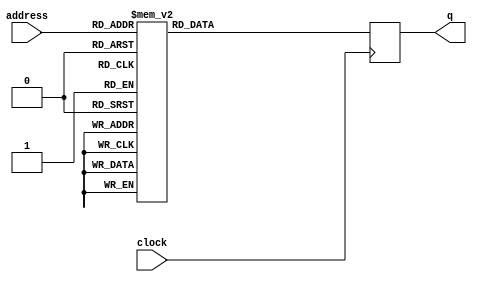
/* ctrl_boot.v */
/* AUTO-GENERATED FILE, DO NOT EDIT! */
/* generated from bin/ctrl_boot.hex assembler file */


module ctrl_boot (
  input  wire           clock,
  input  wire [ 10-1:0] address,
  output reg  [ 32-1:0] q
);


always @ (posedge clock) begin
  case(address)
    10'h000 : q <= #1 32'h00880e9c;
    10'h001 : q <= #1 32'h18000000;
    10'h002 : q <= #1 32'h9c600001;
    10'h003 : q <= #1 32'hc0001811;
    10'h004 : q <= #1 32'h18200045;
    10'h005 : q <= #1 32'ha821fffc;
    10'h006 : q <= #1 32'h18400080;
    10'h007 : q <= #1 32'ha8420008;
    10'h008 : q <= #1 32'h84620000;
    10'h009 : q <= #1 32'ha4630001;
    10'h00a : q <= #1 32'hbc030001;
    10'h00b : q <= #1 32'h13fffffd;
    10'h00c : q <= #1 32'h15000000;
    10'h00d : q <= #1 32'h18400044;
    10'h00e : q <= #1 32'ha8420000;
    10'h00f : q <= #1 32'h18600044;
    10'h010 : q <= #1 32'ha863024c;
    10'h011 : q <= #1 32'he4621800;
    10'h012 : q <= #1 32'h10000004;
    10'h013 : q <= #1 32'hd4020000;
    10'h014 : q <= #1 32'h9c420004;
    10'h015 : q <= #1 32'h0ffffffc;
    10'h016 : q <= #1 32'h18600000;
    10'h017 : q <= #1 32'ha8630578;
    10'h018 : q <= #1 32'h44001800;
    10'h019 : q <= #1 32'h9d600000;
    10'h01a : q <= #1 32'he4235800;
    10'h01b : q <= #1 32'h0c00000b;
    10'h01c : q <= #1 32'ha8a30000;
    10'h01d : q <= #1 32'h9cc00000;
    10'h01e : q <= #1 32'ha4650001;
    10'h01f : q <= #1 32'he4033000;
    10'h020 : q <= #1 32'h10000003;
    10'h021 : q <= #1 32'hb8a50041;
    10'h022 : q <= #1 32'he16b2000;
    10'h023 : q <= #1 32'he4253000;
    10'h024 : q <= #1 32'h13fffffa;
    10'h025 : q <= #1 32'hb8840001;
    10'h026 : q <= #1 32'h44004800;
    10'h027 : q <= #1 32'h15000000;
    10'h028 : q <= #1 32'hd7e10ffc;
    10'h029 : q <= #1 32'h9cc00000;
    10'h02a : q <= #1 32'h9c21fffc;
    10'h02b : q <= #1 32'he5862800;
    10'h02c : q <= #1 32'h0c00000a;
    10'h02d : q <= #1 32'he1033000;
    10'h02e : q <= #1 32'he0e43000;
    10'h02f : q <= #1 32'h91080000;
    10'h030 : q <= #1 32'h90e70000;
    10'h031 : q <= #1 32'he4283800;
    10'h032 : q <= #1 32'h10000006;
    10'h033 : q <= #1 32'h9cc60001;
    10'h034 : q <= #1 32'h03fffff8;
    10'h035 : q <= #1 32'he5862800;
    10'h036 : q <= #1 32'h00000003;
    10'h037 : q <= #1 32'h9d600000;
    10'h038 : q <= #1 32'h9d600001;
    10'h039 : q <= #1 32'h9c210004;
    10'h03a : q <= #1 32'h44004800;
    10'h03b : q <= #1 32'h8421fffc;
    10'h03c : q <= #1 32'h18c00044;
    10'h03d : q <= #1 32'hd7e10ffc;
    10'h03e : q <= #1 32'ha8c6003e;
    10'h03f : q <= #1 32'h9c21fffc;
    10'h040 : q <= #1 32'h8c860000;
    10'h041 : q <= #1 32'h9ca00008;
    10'h042 : q <= #1 32'hb8e30018;
    10'h043 : q <= #1 32'he0842000;
    10'h044 : q <= #1 32'hbd670000;
    10'h045 : q <= #1 32'h10000003;
    10'h046 : q <= #1 32'ha48400ff;
    10'h047 : q <= #1 32'hac840009;
    10'h048 : q <= #1 32'hb8e40018;
    10'h049 : q <= #1 32'hbd670000;
    10'h04a : q <= #1 32'h10000003;
    10'h04b : q <= #1 32'h15000000;
    10'h04c : q <= #1 32'hac840009;
    10'h04d : q <= #1 32'h9ca5ffff;
    10'h04e : q <= #1 32'he0631800;
    10'h04f : q <= #1 32'ha4a500ff;
    10'h050 : q <= #1 32'hbc250000;
    10'h051 : q <= #1 32'h13fffff1;
    10'h052 : q <= #1 32'ha46300ff;
    10'h053 : q <= #1 32'hd8062000;
    10'h054 : q <= #1 32'h9c210004;
    10'h055 : q <= #1 32'h44004800;
    10'h056 : q <= #1 32'h8421fffc;
    10'h057 : q <= #1 32'hd7e1a7f8;
    10'h058 : q <= #1 32'h1a800044;
    10'h059 : q <= #1 32'hd7e117ec;
    10'h05a : q <= #1 32'haa94003e;
    10'h05b : q <= #1 32'h9c400000;
    10'h05c : q <= #1 32'hd7e197f4;
    10'h05d : q <= #1 32'hd8141000;
    10'h05e : q <= #1 32'h18400080;
    10'h05f : q <= #1 32'h9e4000ff;
    10'h060 : q <= #1 32'ha8420024;
    10'h061 : q <= #1 32'hd7e14ffc;
    10'h062 : q <= #1 32'hd7e177f0;
    10'h063 : q <= #1 32'hd7e10fe8;
    10'h064 : q <= #1 32'hd4029000;
    10'h065 : q <= #1 32'ha9c40000;
    10'h066 : q <= #1 32'h84820000;
    10'h067 : q <= #1 32'hd4021800;
    10'h068 : q <= #1 32'h9c21ffe8;
    10'h069 : q <= #1 32'h84820000;
    10'h06a : q <= #1 32'h07ffffd2;
    10'h06b : q <= #1 32'h15000000;
    10'h06c : q <= #1 32'hb86e0058;
    10'h06d : q <= #1 32'hd4021800;
    10'h06e : q <= #1 32'h84820000;
    10'h06f : q <= #1 32'h07ffffcd;
    10'h070 : q <= #1 32'h15000000;
    10'h071 : q <= #1 32'hb86e0050;
    10'h072 : q <= #1 32'he0639003;
    10'h073 : q <= #1 32'hd4021800;
    10'h074 : q <= #1 32'h84820000;
    10'h075 : q <= #1 32'h07ffffc7;
    10'h076 : q <= #1 32'h15000000;
    10'h077 : q <= #1 32'hb86e0048;
    10'h078 : q <= #1 32'he0639003;
    10'h079 : q <= #1 32'hd4021800;
    10'h07a : q <= #1 32'h84820000;
    10'h07b : q <= #1 32'h07ffffc1;
    10'h07c : q <= #1 32'h15000000;
    10'h07d : q <= #1 32'he06e9003;
    10'h07e : q <= #1 32'hd4021800;
    10'h07f : q <= #1 32'h84820000;
    10'h080 : q <= #1 32'h07ffffbc;
    10'h081 : q <= #1 32'h15000000;
    10'h082 : q <= #1 32'h8c740000;
    10'h083 : q <= #1 32'he0631800;
    10'h084 : q <= #1 32'h18800044;
    10'h085 : q <= #1 32'h9c630001;
    10'h086 : q <= #1 32'ha884003d;
    10'h087 : q <= #1 32'ha46300ff;
    10'h088 : q <= #1 32'hd8141800;
    10'h089 : q <= #1 32'hd4021800;
    10'h08a : q <= #1 32'h84620000;
    10'h08b : q <= #1 32'h9c600065;
    10'h08c : q <= #1 32'hd4029000;
    10'h08d : q <= #1 32'h85620000;
    10'h08e : q <= #1 32'ha56b00ff;
    10'h08f : q <= #1 32'hbc2b00ff;
    10'h090 : q <= #1 32'h10000007;
    10'h091 : q <= #1 32'hd8045800;
    10'h092 : q <= #1 32'h9c63ffff;
    10'h093 : q <= #1 32'ha46300ff;
    10'h094 : q <= #1 32'hbc230000;
    10'h095 : q <= #1 32'h13fffff7;
    10'h096 : q <= #1 32'h15000000;
    10'h097 : q <= #1 32'h9c210018;
    10'h098 : q <= #1 32'h8521fffc;
    10'h099 : q <= #1 32'h8421ffe8;
    10'h09a : q <= #1 32'h8441ffec;
    10'h09b : q <= #1 32'h85c1fff0;
    10'h09c : q <= #1 32'h8641fff4;
    10'h09d : q <= #1 32'h44004800;
    10'h09e : q <= #1 32'h8681fff8;
    10'h09f : q <= #1 32'ha8a30000;
    10'h0a0 : q <= #1 32'h18600044;
    10'h0a1 : q <= #1 32'hd7e117f8;
    10'h0a2 : q <= #1 32'hd7e14ffc;
    10'h0a3 : q <= #1 32'hd7e10ff4;
    10'h0a4 : q <= #1 32'ha863003c;
    10'h0a5 : q <= #1 32'h9c21fff4;
    10'h0a6 : q <= #1 32'h8c630000;
    10'h0a7 : q <= #1 32'hbc030003;
    10'h0a8 : q <= #1 32'h10000003;
    10'h0a9 : q <= #1 32'ha8440000;
    10'h0aa : q <= #1 32'hb8a50009;
    10'h0ab : q <= #1 32'h9c600051;
    10'h0ac : q <= #1 32'h07ffffab;
    10'h0ad : q <= #1 32'ha8850000;
    10'h0ae : q <= #1 32'hbc0b0000;
    10'h0af : q <= #1 32'h10000004;
    10'h0b0 : q <= #1 32'h18600044;
    10'h0b1 : q <= #1 32'h0000002f;
    10'h0b2 : q <= #1 32'h9d600000;
    10'h0b3 : q <= #1 32'h18800080;
    10'h0b4 : q <= #1 32'ha8630038;
    10'h0b5 : q <= #1 32'ha8840024;
    10'h0b6 : q <= #1 32'hd4035800;
    10'h0b7 : q <= #1 32'h9cc000ff;
    10'h0b8 : q <= #1 32'hd4043000;
    10'h0b9 : q <= #1 32'h84a40000;
    10'h0ba : q <= #1 32'hbc2500fe;
    10'h0bb : q <= #1 32'h0c00000c;
    10'h0bc : q <= #1 32'h15000000;
    10'h0bd : q <= #1 32'h84a30000;
    10'h0be : q <= #1 32'h9ce50001;
    10'h0bf : q <= #1 32'hd4033800;
    10'h0c0 : q <= #1 32'h18e0000f;
    10'h0c1 : q <= #1 32'ha8e7423f;
    10'h0c2 : q <= #1 32'he4453800;
    10'h0c3 : q <= #1 32'h0ffffff5;
    10'h0c4 : q <= #1 32'h9d600000;
    10'h0c5 : q <= #1 32'h0000001c;
    10'h0c6 : q <= #1 32'h9c21000c;
    10'h0c7 : q <= #1 32'h18600080;
    10'h0c8 : q <= #1 32'h9cc20200;
    10'h0c9 : q <= #1 32'ha8630024;
    10'h0ca : q <= #1 32'h9c8000ff;
    10'h0cb : q <= #1 32'hd4032000;
    10'h0cc : q <= #1 32'h9c420004;
    10'h0cd : q <= #1 32'h84e30000;
    10'h0ce : q <= #1 32'h9ca000ff;
    10'h0cf : q <= #1 32'hdbe23ffc;
    10'h0d0 : q <= #1 32'hd4032000;
    10'h0d1 : q <= #1 32'h84e30000;
    10'h0d2 : q <= #1 32'hdbe23ffd;
    10'h0d3 : q <= #1 32'hd4032000;
    10'h0d4 : q <= #1 32'h84e30000;
    10'h0d5 : q <= #1 32'hdbe23ffe;
    10'h0d6 : q <= #1 32'hd4032000;
    10'h0d7 : q <= #1 32'he4223000;
    10'h0d8 : q <= #1 32'h84e30000;
    10'h0d9 : q <= #1 32'h13fffff2;
    10'h0da : q <= #1 32'hdbe23fff;
    10'h0db : q <= #1 32'hd4032800;
    10'h0dc : q <= #1 32'h9d600001;
    10'h0dd : q <= #1 32'h84430000;
    10'h0de : q <= #1 32'hd4032800;
    10'h0df : q <= #1 32'h84430000;
    10'h0e0 : q <= #1 32'h9c21000c;
    10'h0e1 : q <= #1 32'h8521fffc;
    10'h0e2 : q <= #1 32'h8421fff4;
    10'h0e3 : q <= #1 32'h44004800;
    10'h0e4 : q <= #1 32'h8441fff8;
    10'h0e5 : q <= #1 32'hb8830058;
    10'h0e6 : q <= #1 32'hb9630018;
    10'h0e7 : q <= #1 32'hd7e117fc;
    10'h0e8 : q <= #1 32'h184000ff;
    10'h0e9 : q <= #1 32'he16b2004;
    10'h0ea : q <= #1 32'he0831003;
    10'h0eb : q <= #1 32'hd7e10ff8;
    10'h0ec : q <= #1 32'h9c21fff8;
    10'h0ed : q <= #1 32'hb8840048;
    10'h0ee : q <= #1 32'ha463ff00;
    10'h0ef : q <= #1 32'h9c210008;
    10'h0f0 : q <= #1 32'hb8630008;
    10'h0f1 : q <= #1 32'he16b2004;
    10'h0f2 : q <= #1 32'h8421fff8;
    10'h0f3 : q <= #1 32'he16b1804;
    10'h0f4 : q <= #1 32'h44004800;
    10'h0f5 : q <= #1 32'h8441fffc;
    10'h0f6 : q <= #1 32'hd7e117ec;
    10'h0f7 : q <= #1 32'h18400044;
    10'h0f8 : q <= #1 32'hd7e14ffc;
    10'h0f9 : q <= #1 32'hd7e10fe8;
    10'h0fa : q <= #1 32'hd7e177f0;
    10'h0fb : q <= #1 32'hd7e197f4;
    10'h0fc : q <= #1 32'hd7e1a7f8;
    10'h0fd : q <= #1 32'ha8420248;
    10'h0fe : q <= #1 32'h86420000;
    10'h0ff : q <= #1 32'hbc120000;
    10'h100 : q <= #1 32'h10000005;
    10'h101 : q <= #1 32'h9c21ffe8;
    10'h102 : q <= #1 32'hb9c30087;
    10'h103 : q <= #1 32'h00000004;
    10'h104 : q <= #1 32'ha443007f;
    10'h105 : q <= #1 32'hb9c30088;
    10'h106 : q <= #1 32'ha44300ff;
    10'h107 : q <= #1 32'h1a800044;
    10'h108 : q <= #1 32'haa940244;
    10'h109 : q <= #1 32'h84740000;
    10'h10a : q <= #1 32'he40e1800;
    10'h10b : q <= #1 32'h1000000d;
    10'h10c : q <= #1 32'h18800044;
    10'h10d : q <= #1 32'h18600044;
    10'h10e : q <= #1 32'ha8630240;
    10'h10f : q <= #1 32'ha8840040;
    10'h110 : q <= #1 32'h84630000;
    10'h111 : q <= #1 32'h07ffff8e;
    10'h112 : q <= #1 32'he06e1800;
    10'h113 : q <= #1 32'h9c600000;
    10'h114 : q <= #1 32'he40b1800;
    10'h115 : q <= #1 32'h10000023;
    10'h116 : q <= #1 32'h15000000;
    10'h117 : q <= #1 32'hd4147000;
    10'h118 : q <= #1 32'hbc120000;
    10'h119 : q <= #1 32'h10000014;
    10'h11a : q <= #1 32'h18600044;
    10'h11b : q <= #1 32'hb8420002;
    10'h11c : q <= #1 32'ha8630040;
    10'h11d : q <= #1 32'he0421800;
    10'h11e : q <= #1 32'h8c820000;
    10'h11f : q <= #1 32'h8c620001;
    10'h120 : q <= #1 32'hb8a40018;
    10'h121 : q <= #1 32'hb8630010;
    10'h122 : q <= #1 32'he0832804;
    10'h123 : q <= #1 32'h8c620002;
    10'h124 : q <= #1 32'hb8630008;
    10'h125 : q <= #1 32'h8c420003;
    10'h126 : q <= #1 32'he0632004;
    10'h127 : q <= #1 32'he0621804;
    10'h128 : q <= #1 32'h07ffffbd;
    10'h129 : q <= #1 32'h18400fff;
    10'h12a : q <= #1 32'ha842ffff;
    10'h12b : q <= #1 32'h0000000d;
    10'h12c : q <= #1 32'he06b1003;
    10'h12d : q <= #1 32'he0421000;
    10'h12e : q <= #1 32'ha8630040;
    10'h12f : q <= #1 32'he0421800;
    10'h130 : q <= #1 32'h8c620000;
    10'h131 : q <= #1 32'h8c420001;
    10'h132 : q <= #1 32'hb8630008;
    10'h133 : q <= #1 32'he0421804;
    10'h134 : q <= #1 32'hb8620008;
    10'h135 : q <= #1 32'hb8420048;
    10'h136 : q <= #1 32'he0631004;
    10'h137 : q <= #1 32'ha463ffff;
    10'h138 : q <= #1 32'h9c210018;
    10'h139 : q <= #1 32'ha9630000;
    10'h13a : q <= #1 32'h8521fffc;
    10'h13b : q <= #1 32'h8421ffe8;
    10'h13c : q <= #1 32'h8441ffec;
    10'h13d : q <= #1 32'h85c1fff0;
    10'h13e : q <= #1 32'h8641fff4;
    10'h13f : q <= #1 32'h44004800;
    10'h140 : q <= #1 32'h8681fff8;
    10'h141 : q <= #1 32'h18600080;
    10'h142 : q <= #1 32'h9ca00010;
    10'h143 : q <= #1 32'ha8830020;
    10'h144 : q <= #1 32'h18c00044;
    10'h145 : q <= #1 32'hd7e10ff8;
    10'h146 : q <= #1 32'hd7e117fc;
    10'h147 : q <= #1 32'hd4042800;
    10'h148 : q <= #1 32'h9c21fff8;
    10'h149 : q <= #1 32'ha8830018;
    10'h14a : q <= #1 32'ha8c60034;
    10'h14b : q <= #1 32'ha8630004;
    10'h14c : q <= #1 32'h9c400000;
    10'h14d : q <= #1 32'hd4041000;
    10'h14e : q <= #1 32'h84a40000;
    10'h14f : q <= #1 32'hbca500c7;
    10'h150 : q <= #1 32'h13fffffe;
    10'h151 : q <= #1 32'h9c400000;
    10'h152 : q <= #1 32'hdc031000;
    10'h153 : q <= #1 32'h9c400000;
    10'h154 : q <= #1 32'hd4041000;
    10'h155 : q <= #1 32'h84a40000;
    10'h156 : q <= #1 32'hbca500c7;
    10'h157 : q <= #1 32'h13fffffe;
    10'h158 : q <= #1 32'h15000000;
    10'h159 : q <= #1 32'h90a60000;
    10'h15a : q <= #1 32'ha4a5ffff;
    10'h15b : q <= #1 32'hdc032800;
    10'h15c : q <= #1 32'h03fffff1;
    10'h15d : q <= #1 32'h9c400000;
    10'h15e : q <= #1 32'h18800044;
    10'h15f : q <= #1 32'hd7e117d8;
    10'h160 : q <= #1 32'h18600080;
    10'h161 : q <= #1 32'ha8840034;
    10'h162 : q <= #1 32'h9c40000f;
    10'h163 : q <= #1 32'hd7e14ffc;
    10'h164 : q <= #1 32'hd7e10fd4;
    10'h165 : q <= #1 32'hd7e177dc;
    10'h166 : q <= #1 32'hd7e197e0;
    10'h167 : q <= #1 32'hd7e1a7e4;
    10'h168 : q <= #1 32'hd7e1b7e8;
    10'h169 : q <= #1 32'hd7e1c7ec;
    10'h16a : q <= #1 32'hd7e1d7f0;
    10'h16b : q <= #1 32'hd7e1e7f4;
    10'h16c : q <= #1 32'hd7e1f7f8;
    10'h16d : q <= #1 32'hd8041000;
    10'h16e : q <= #1 32'h9ca0000f;
    10'h16f : q <= #1 32'ha8430004;
    10'h170 : q <= #1 32'h9c21ffcc;
    10'h171 : q <= #1 32'hdc022800;
    10'h172 : q <= #1 32'ha843001c;
    10'h173 : q <= #1 32'h9ca0003f;
    10'h174 : q <= #1 32'h9c8000ff;
    10'h175 : q <= #1 32'hd4022800;
    10'h176 : q <= #1 32'ha8430020;
    10'h177 : q <= #1 32'h9ca00010;
    10'h178 : q <= #1 32'ha8630024;
    10'h179 : q <= #1 32'hd4022800;
    10'h17a : q <= #1 32'h9c40000a;
    10'h17b : q <= #1 32'h9c42ffff;
    10'h17c : q <= #1 32'hd4032000;
    10'h17d : q <= #1 32'ha44200ff;
    10'h17e : q <= #1 32'h84a30000;
    10'h17f : q <= #1 32'hbc220000;
    10'h180 : q <= #1 32'h13fffffc;
    10'h181 : q <= #1 32'h9c42ffff;
    10'h182 : q <= #1 32'h9c420001;
    10'h183 : q <= #1 32'h18600080;
    10'h184 : q <= #1 32'ha8630018;
    10'h185 : q <= #1 32'hd4031000;
    10'h186 : q <= #1 32'h84430000;
    10'h187 : q <= #1 32'hbca20013;
    10'h188 : q <= #1 32'h13fffffe;
    10'h189 : q <= #1 32'h19c00080;
    10'h18a : q <= #1 32'ha84e0020;
    10'h18b : q <= #1 32'h9c600011;
    10'h18c : q <= #1 32'h9ce00000;
    10'h18d : q <= #1 32'hd4021800;
    10'h18e : q <= #1 32'h18400044;
    10'h18f : q <= #1 32'h9e400010;
    10'h190 : q <= #1 32'ha842003c;
    10'h191 : q <= #1 32'ha9ce0018;
    10'h192 : q <= #1 32'hd8023800;
    10'h193 : q <= #1 32'h9d000000;
    10'h194 : q <= #1 32'hd40e4000;
    10'h195 : q <= #1 32'h846e0000;
    10'h196 : q <= #1 32'hbc030000;
    10'h197 : q <= #1 32'h13fffffe;
    10'h198 : q <= #1 32'h9c600040;
    10'h199 : q <= #1 32'h07fffebe;
    10'h19a : q <= #1 32'h9c800000;
    10'h19b : q <= #1 32'hbc0b0001;
    10'h19c : q <= #1 32'h10000008;
    10'h19d : q <= #1 32'h9e52ffff;
    10'h19e : q <= #1 32'ha65200ff;
    10'h19f : q <= #1 32'hbc320000;
    10'h1a0 : q <= #1 32'h13fffff4;
    10'h1a1 : q <= #1 32'h9d000000;
    10'h1a2 : q <= #1 32'h07ffff9f;
    10'h1a3 : q <= #1 32'h15000000;
    10'h1a4 : q <= #1 32'h846e0000;
    10'h1a5 : q <= #1 32'h18a00fa0;
    10'h1a6 : q <= #1 32'hb8630010;
    10'h1a7 : q <= #1 32'h19c00044;
    10'h1a8 : q <= #1 32'h9c8001aa;
    10'h1a9 : q <= #1 32'he0632800;
    10'h1aa : q <= #1 32'ha9ce0038;
    10'h1ab : q <= #1 32'hd40e1800;
    10'h1ac : q <= #1 32'h07fffeab;
    10'h1ad : q <= #1 32'h9c600048;
    10'h1ae : q <= #1 32'hbc0b0001;
    10'h1af : q <= #1 32'h0c000021;
    10'h1b0 : q <= #1 32'h9c600077;
    10'h1b1 : q <= #1 32'h18800080;
    10'h1b2 : q <= #1 32'h9c600000;
    10'h1b3 : q <= #1 32'ha8840024;
    10'h1b4 : q <= #1 32'h9ce000ff;
    10'h1b5 : q <= #1 32'hd4043800;
    10'h1b6 : q <= #1 32'h9d010004;
    10'h1b7 : q <= #1 32'h84c40000;
    10'h1b8 : q <= #1 32'he0a81800;
    10'h1b9 : q <= #1 32'h9c630001;
    10'h1ba : q <= #1 32'hbc230004;
    10'h1bb : q <= #1 32'h13fffffa;
    10'h1bc : q <= #1 32'hd8053000;
    10'h1bd : q <= #1 32'h8c610006;
    10'h1be : q <= #1 32'hbc230001;
    10'h1bf : q <= #1 32'h10000011;
    10'h1c0 : q <= #1 32'h9c600077;
    10'h1c1 : q <= #1 32'h8c610007;
    10'h1c2 : q <= #1 32'hbc0300aa;
    10'h1c3 : q <= #1 32'h0c00000d;
    10'h1c4 : q <= #1 32'h9c600077;
    10'h1c5 : q <= #1 32'h1a400080;
    10'h1c6 : q <= #1 32'haa520018;
    10'h1c7 : q <= #1 32'h84720000;
    10'h1c8 : q <= #1 32'hb8830010;
    10'h1c9 : q <= #1 32'h846e0000;
    10'h1ca : q <= #1 32'he0632002;
    10'h1cb : q <= #1 32'hbd630000;
    10'h1cc : q <= #1 32'h1000001a;
    10'h1cd : q <= #1 32'h15000000;
    10'h1ce : q <= #1 32'h03ffffd4;
    10'h1cf : q <= #1 32'h15000000;
    10'h1d0 : q <= #1 32'h07fffe87;
    10'h1d1 : q <= #1 32'h9c800000;
    10'h1d2 : q <= #1 32'hbc2b0001;
    10'h1d3 : q <= #1 32'h13ffffcf;
    10'h1d4 : q <= #1 32'h15000000;
    10'h1d5 : q <= #1 32'h9c600069;
    10'h1d6 : q <= #1 32'h07fffe81;
    10'h1d7 : q <= #1 32'h9c800000;
    10'h1d8 : q <= #1 32'hbcab0001;
    10'h1d9 : q <= #1 32'h0fffffc9;
    10'h1da : q <= #1 32'h15000000;
    10'h1db : q <= #1 32'h1a400080;
    10'h1dc : q <= #1 32'haa520018;
    10'h1dd : q <= #1 32'h84720000;
    10'h1de : q <= #1 32'hb8830010;
    10'h1df : q <= #1 32'h846e0000;
    10'h1e0 : q <= #1 32'he0632002;
    10'h1e1 : q <= #1 32'hbd830000;
    10'h1e2 : q <= #1 32'h0c00002b;
    10'h1e3 : q <= #1 32'h15000000;
    10'h1e4 : q <= #1 32'h03ffffbe;
    10'h1e5 : q <= #1 32'h15000000;
    10'h1e6 : q <= #1 32'h9c600077;
    10'h1e7 : q <= #1 32'h07fffe70;
    10'h1e8 : q <= #1 32'h9c800000;
    10'h1e9 : q <= #1 32'hbc0b0001;
    10'h1ea : q <= #1 32'h0fffffb8;
    10'h1eb : q <= #1 32'h18804000;
    10'h1ec : q <= #1 32'h07fffe6b;
    10'h1ed : q <= #1 32'h9c600069;
    10'h1ee : q <= #1 32'hbc2b0000;
    10'h1ef : q <= #1 32'h13ffffd8;
    10'h1f0 : q <= #1 32'ha88b0000;
    10'h1f1 : q <= #1 32'h07fffe66;
    10'h1f2 : q <= #1 32'h9c60007a;
    10'h1f3 : q <= #1 32'hbc2b0000;
    10'h1f4 : q <= #1 32'h10000013;
    10'h1f5 : q <= #1 32'h18600080;
    10'h1f6 : q <= #1 32'h9cc000ff;
    10'h1f7 : q <= #1 32'ha8630024;
    10'h1f8 : q <= #1 32'hd4033000;
    10'h1f9 : q <= #1 32'h9ce10004;
    10'h1fa : q <= #1 32'h84a30000;
    10'h1fb : q <= #1 32'he0875800;
    10'h1fc : q <= #1 32'h9d6b0001;
    10'h1fd : q <= #1 32'hbc2b0004;
    10'h1fe : q <= #1 32'h13fffffa;
    10'h1ff : q <= #1 32'hd8042800;
    10'h200 : q <= #1 32'h8c610004;
    10'h201 : q <= #1 32'ha4630040;
    10'h202 : q <= #1 32'hbc230000;
    10'h203 : q <= #1 32'h10000003;
    10'h204 : q <= #1 32'h9c800003;
    10'h205 : q <= #1 32'h9c800002;
    10'h206 : q <= #1 32'hd8022000;
    10'h207 : q <= #1 32'h18600080;
    10'h208 : q <= #1 32'h9c800001;
    10'h209 : q <= #1 32'ha863001c;
    10'h20a : q <= #1 32'hd4032000;
    10'h20b : q <= #1 32'h00000016;
    10'h20c : q <= #1 32'h8c420000;
    10'h20d : q <= #1 32'h9c600077;
    10'h20e : q <= #1 32'h07fffe49;
    10'h20f : q <= #1 32'h9c800000;
    10'h210 : q <= #1 32'hbc0b0001;
    10'h211 : q <= #1 32'h0fffff91;
    10'h212 : q <= #1 32'haa8b0000;
    10'h213 : q <= #1 32'h9c600069;
    10'h214 : q <= #1 32'h07fffe43;
    10'h215 : q <= #1 32'h9c800000;
    10'h216 : q <= #1 32'hbc2b0000;
    10'h217 : q <= #1 32'h13ffffc6;
    10'h218 : q <= #1 32'h9c600050;
    10'h219 : q <= #1 32'h07fffe3e;
    10'h21a : q <= #1 32'h9c800200;
    10'h21b : q <= #1 32'hbc0b0000;
    10'h21c : q <= #1 32'h10000004;
    10'h21d : q <= #1 32'h18600080;
    10'h21e : q <= #1 32'ha863001c;
    10'h21f : q <= #1 32'hd403a000;
    10'h220 : q <= #1 32'h8c420000;
    10'h221 : q <= #1 32'hbc020000;
    10'h222 : q <= #1 32'h13ffff80;
    10'h223 : q <= #1 32'h19000044;
    10'h224 : q <= #1 32'h9c400008;
    10'h225 : q <= #1 32'ha9080034;
    10'h226 : q <= #1 32'h9c600008;
    10'h227 : q <= #1 32'hd8081000;
    10'h228 : q <= #1 32'h18400080;
    10'h229 : q <= #1 32'h1a800044;
    10'h22a : q <= #1 32'ha8420004;
    10'h22b : q <= #1 32'h9c800000;
    10'h22c : q <= #1 32'hdc021800;
    10'h22d : q <= #1 32'h18400044;
    10'h22e : q <= #1 32'h9c60ffff;
    10'h22f : q <= #1 32'ha8420244;
    10'h230 : q <= #1 32'haa940248;
    10'h231 : q <= #1 32'hd4021800;
    10'h232 : q <= #1 32'hd4142000;
    10'h233 : q <= #1 32'ha8640000;
    10'h234 : q <= #1 32'h18800044;
    10'h235 : q <= #1 32'h07fffe6a;
    10'h236 : q <= #1 32'ha8840040;
    10'h237 : q <= #1 32'hbc0b0000;
    10'h238 : q <= #1 32'h13ffff6a;
    10'h239 : q <= #1 32'h18800000;
    10'h23a : q <= #1 32'h18400044;
    10'h23b : q <= #1 32'h9c600001;
    10'h23c : q <= #1 32'ha842000c;
    10'h23d : q <= #1 32'hd4021800;
    10'h23e : q <= #1 32'h18600044;
    10'h23f : q <= #1 32'ha8840e7c;
    10'h240 : q <= #1 32'ha8630076;
    10'h241 : q <= #1 32'h07fffde7;
    10'h242 : q <= #1 32'h9ca00008;
    10'h243 : q <= #1 32'hbc2b0000;
    10'h244 : q <= #1 32'h10000003;
    10'h245 : q <= #1 32'h18600044;
    10'h246 : q <= #1 32'hd4025800;
    10'h247 : q <= #1 32'h18800000;
    10'h248 : q <= #1 32'ha8630092;
    10'h249 : q <= #1 32'ha8840e85;
    10'h24a : q <= #1 32'h07fffdde;
    10'h24b : q <= #1 32'h9ca00008;
    10'h24c : q <= #1 32'hbc2b0000;
    10'h24d : q <= #1 32'h10000003;
    10'h24e : q <= #1 32'h15000000;
    10'h24f : q <= #1 32'hd4025800;
    10'h250 : q <= #1 32'h84420000;
    10'h251 : q <= #1 32'h1a400044;
    10'h252 : q <= #1 32'hbc020000;
    10'h253 : q <= #1 32'h10000023;
    10'h254 : q <= #1 32'haa520040;
    10'h255 : q <= #1 32'h8c7201c6;
    10'h256 : q <= #1 32'h8c5201c7;
    10'h257 : q <= #1 32'hb8830018;
    10'h258 : q <= #1 32'hb8420010;
    10'h259 : q <= #1 32'h8f1201c9;
    10'h25a : q <= #1 32'he0622004;
    10'h25b : q <= #1 32'h8c5201c8;
    10'h25c : q <= #1 32'hb8420008;
    10'h25d : q <= #1 32'he0421804;
    10'h25e : q <= #1 32'h8c7201ff;
    10'h25f : q <= #1 32'he3181004;
    10'h260 : q <= #1 32'h8c5201fe;
    10'h261 : q <= #1 32'hb8420008;
    10'h262 : q <= #1 32'he0431004;
    10'h263 : q <= #1 32'hbc2255aa;
    10'h264 : q <= #1 32'h10000006;
    10'h265 : q <= #1 32'ha8a0aa55;
    10'h266 : q <= #1 32'h07fffe7f;
    10'h267 : q <= #1 32'ha8780000;
    10'h268 : q <= #1 32'h00000005;
    10'h269 : q <= #1 32'hab0b0000;
    10'h26a : q <= #1 32'he4222800;
    10'h26b : q <= #1 32'h13ffff37;
    10'h26c : q <= #1 32'h15000000;
    10'h26d : q <= #1 32'h18800044;
    10'h26e : q <= #1 32'ha8780000;
    10'h26f : q <= #1 32'h07fffe30;
    10'h270 : q <= #1 32'ha8840040;
    10'h271 : q <= #1 32'hbc0b0000;
    10'h272 : q <= #1 32'h0c000005;
    10'h273 : q <= #1 32'h15000000;
    10'h274 : q <= #1 32'h03ffff2e;
    10'h275 : q <= #1 32'h15000000;
    10'h276 : q <= #1 32'hab020000;
    10'h277 : q <= #1 32'h18600044;
    10'h278 : q <= #1 32'h18800000;
    10'h279 : q <= #1 32'ha8630092;
    10'h27a : q <= #1 32'ha8840e85;
    10'h27b : q <= #1 32'h07fffdad;
    10'h27c : q <= #1 32'h9ca00008;
    10'h27d : q <= #1 32'hbc2b0000;
    10'h27e : q <= #1 32'h10000005;
    10'h27f : q <= #1 32'h18600044;
    10'h280 : q <= #1 32'h9c400001;
    10'h281 : q <= #1 32'h0000000a;
    10'h282 : q <= #1 32'hd4141000;
    10'h283 : q <= #1 32'h18800000;
    10'h284 : q <= #1 32'ha8630076;
    10'h285 : q <= #1 32'ha8840e7c;
    10'h286 : q <= #1 32'h07fffda2;
    10'h287 : q <= #1 32'h9ca00008;
    10'h288 : q <= #1 32'hbc2b0000;
    10'h289 : q <= #1 32'h13ffff19;
    10'h28a : q <= #1 32'h15000000;
    10'h28b : q <= #1 32'h8c5201fe;
    10'h28c : q <= #1 32'h19c00044;
    10'h28d : q <= #1 32'hbc220055;
    10'h28e : q <= #1 32'h13ffff14;
    10'h28f : q <= #1 32'ha9ce0040;
    10'h290 : q <= #1 32'h8c4e01ff;
    10'h291 : q <= #1 32'hbc2200aa;
    10'h292 : q <= #1 32'h13ffff10;
    10'h293 : q <= #1 32'h15000000;
    10'h294 : q <= #1 32'h8c4e0000;
    10'h295 : q <= #1 32'ha44200fd;
    10'h296 : q <= #1 32'hbc2200e9;
    10'h297 : q <= #1 32'h13ffff0b;
    10'h298 : q <= #1 32'h15000000;
    10'h299 : q <= #1 32'h8c4e000b;
    10'h29a : q <= #1 32'hbc220000;
    10'h29b : q <= #1 32'h13ffff07;
    10'h29c : q <= #1 32'h15000000;
    10'h29d : q <= #1 32'h8c4e000c;
    10'h29e : q <= #1 32'hbc220002;
    10'h29f : q <= #1 32'h13ffff03;
    10'h2a0 : q <= #1 32'h18800044;
    10'h2a1 : q <= #1 32'h8ece000d;
    10'h2a2 : q <= #1 32'h9c56ffff;
    10'h2a3 : q <= #1 32'ha8840010;
    10'h2a4 : q <= #1 32'h8c6e000e;
    10'h2a5 : q <= #1 32'hd4041000;
    10'h2a6 : q <= #1 32'h8c4e000f;
    10'h2a7 : q <= #1 32'hb8420008;
    10'h2a8 : q <= #1 32'h1a400044;
    10'h2a9 : q <= #1 32'h8fce0010;
    10'h2aa : q <= #1 32'he0421800;
    10'h2ab : q <= #1 32'h18600044;
    10'h2ac : q <= #1 32'he042c000;
    10'h2ad : q <= #1 32'ha8630240;
    10'h2ae : q <= #1 32'h84f40000;
    10'h2af : q <= #1 32'hd4031000;
    10'h2b0 : q <= #1 32'h18600044;
    10'h2b1 : q <= #1 32'haa52001c;
    10'h2b2 : q <= #1 32'ha8630008;
    10'h2b3 : q <= #1 32'h1b000044;
    10'h2b4 : q <= #1 32'h1b800044;
    10'h2b5 : q <= #1 32'h1b400044;
    10'h2b6 : q <= #1 32'hd412b000;
    10'h2b7 : q <= #1 32'hd403f000;
    10'h2b8 : q <= #1 32'hd4013800;
    10'h2b9 : q <= #1 32'hbc070000;
    10'h2ba : q <= #1 32'hab180014;
    10'h2bb : q <= #1 32'hab9c0024;
    10'h2bc : q <= #1 32'h10000033;
    10'h2bd : q <= #1 32'hab5a0020;
    10'h2be : q <= #1 32'h18800000;
    10'h2bf : q <= #1 32'h9c6e0052;
    10'h2c0 : q <= #1 32'ha8840e85;
    10'h2c1 : q <= #1 32'h07fffd67;
    10'h2c2 : q <= #1 32'h9ca00008;
    10'h2c3 : q <= #1 32'hbc2b0000;
    10'h2c4 : q <= #1 32'h13fffede;
    10'h2c5 : q <= #1 32'h19000044;
    10'h2c6 : q <= #1 32'hb8760004;
    10'h2c7 : q <= #1 32'ha9080004;
    10'h2c8 : q <= #1 32'h8c8e0024;
    10'h2c9 : q <= #1 32'hd4081800;
    10'h2ca : q <= #1 32'h18600044;
    10'h2cb : q <= #1 32'ha8630018;
    10'h2cc : q <= #1 32'hd403b000;
    10'h2cd : q <= #1 32'h8c6e0025;
    10'h2ce : q <= #1 32'hb8630008;
    10'h2cf : q <= #1 32'he0641800;
    10'h2d0 : q <= #1 32'h8c8e0026;
    10'h2d1 : q <= #1 32'hb8840010;
    10'h2d2 : q <= #1 32'he0632000;
    10'h2d3 : q <= #1 32'h8c8e0027;
    10'h2d4 : q <= #1 32'hb8840018;
    10'h2d5 : q <= #1 32'he0632000;
    10'h2d6 : q <= #1 32'h18800044;
    10'h2d7 : q <= #1 32'ha8840000;
    10'h2d8 : q <= #1 32'hd4041800;
    10'h2d9 : q <= #1 32'h07fffd40;
    10'h2da : q <= #1 32'ha89e0000;
    10'h2db : q <= #1 32'h8c6e002d;
    10'h2dc : q <= #1 32'h8c8e002c;
    10'h2dd : q <= #1 32'hb8630008;
    10'h2de : q <= #1 32'he0425800;
    10'h2df : q <= #1 32'he0641800;
    10'h2e0 : q <= #1 32'h8c8e002e;
    10'h2e1 : q <= #1 32'hb8840010;
    10'h2e2 : q <= #1 32'hd4181000;
    10'h2e3 : q <= #1 32'he0632000;
    10'h2e4 : q <= #1 32'h8c8e002f;
    10'h2e5 : q <= #1 32'ha484000f;
    10'h2e6 : q <= #1 32'hb8840018;
    10'h2e7 : q <= #1 32'he0632000;
    10'h2e8 : q <= #1 32'ha8960000;
    10'h2e9 : q <= #1 32'hd41c1800;
    10'h2ea : q <= #1 32'h07fffd2f;
    10'h2eb : q <= #1 32'h9c63fffe;
    10'h2ec : q <= #1 32'he1625800;
    10'h2ed : q <= #1 32'h0000001e;
    10'h2ee : q <= #1 32'hd41a5800;
    10'h2ef : q <= #1 32'h8ece0012;
    10'h2f0 : q <= #1 32'h8c6e0011;
    10'h2f1 : q <= #1 32'hbad60008;
    10'h2f2 : q <= #1 32'h18a00044;
    10'h2f3 : q <= #1 32'h8c8e0016;
    10'h2f4 : q <= #1 32'he2c3b000;
    10'h2f5 : q <= #1 32'ha8a50004;
    10'h2f6 : q <= #1 32'h8c6e0017;
    10'h2f7 : q <= #1 32'hd405b000;
    10'h2f8 : q <= #1 32'hbad60005;
    10'h2f9 : q <= #1 32'hb8630008;
    10'h2fa : q <= #1 32'h18e00044;
    10'h2fb : q <= #1 32'h9ed601ff;
    10'h2fc : q <= #1 32'h19000044;
    10'h2fd : q <= #1 32'hbad60049;
    10'h2fe : q <= #1 32'he0641800;
    10'h2ff : q <= #1 32'ha8e70018;
    10'h300 : q <= #1 32'ha9080000;
    10'h301 : q <= #1 32'hd407b000;
    10'h302 : q <= #1 32'hd4081800;
    10'h303 : q <= #1 32'h07fffd16;
    10'h304 : q <= #1 32'ha89e0000;
    10'h305 : q <= #1 32'he1625800;
    10'h306 : q <= #1 32'h84410000;
    10'h307 : q <= #1 32'hd41a5800;
    10'h308 : q <= #1 32'he16bb000;
    10'h309 : q <= #1 32'hd41c1000;
    10'h30a : q <= #1 32'hd4185800;
    10'h30b : q <= #1 32'h18e00044;
    10'h30c : q <= #1 32'h18400080;
    10'h30d : q <= #1 32'h9d000003;
    10'h30e : q <= #1 32'ha8e70034;
    10'h30f : q <= #1 32'ha8420004;
    10'h310 : q <= #1 32'h9c600003;
    10'h311 : q <= #1 32'hd8074000;
    10'h312 : q <= #1 32'hdc021800;
    10'h313 : q <= #1 32'h18800044;
    10'h314 : q <= #1 32'h9c40ffff;
    10'h315 : q <= #1 32'ha8840244;
    10'h316 : q <= #1 32'h86da0000;
    10'h317 : q <= #1 32'h87540000;
    10'h318 : q <= #1 32'hd4041000;
    10'h319 : q <= #1 32'hbc3a0000;
    10'h31a : q <= #1 32'h0c000004;
    10'h31b : q <= #1 32'h879c0000;
    10'h31c : q <= #1 32'h00000005;
    10'h31d : q <= #1 32'h86920000;
    10'h31e : q <= #1 32'h18600044;
    10'h31f : q <= #1 32'ha8630018;
    10'h320 : q <= #1 32'h86830000;
    10'h321 : q <= #1 32'hba940004;
    10'h322 : q <= #1 32'h9dc00000;
    10'h323 : q <= #1 32'h9fc00000;
    10'h324 : q <= #1 32'he43ea000;
    10'h325 : q <= #1 32'h0c00003f;
    10'h326 : q <= #1 32'ha45e000f;
    10'h327 : q <= #1 32'hbc220000;
    10'h328 : q <= #1 32'h1000000a;
    10'h329 : q <= #1 32'h18800044;
    10'h32a : q <= #1 32'ha8760000;
    10'h32b : q <= #1 32'h9c560001;
    10'h32c : q <= #1 32'ha8840040;
    10'h32d : q <= #1 32'h07fffd72;
    10'h32e : q <= #1 32'h19c00044;
    10'h32f : q <= #1 32'haac20000;
    10'h330 : q <= #1 32'h00000003;
    10'h331 : q <= #1 32'ha9ce0040;
    10'h332 : q <= #1 32'h9dce0020;
    10'h333 : q <= #1 32'h8c4e0000;
    10'h334 : q <= #1 32'hbc0200e5;
    10'h335 : q <= #1 32'h1000002d;
    10'h336 : q <= #1 32'hbc020000;
    10'h337 : q <= #1 32'h1000002b;
    10'h338 : q <= #1 32'h15000000;
    10'h339 : q <= #1 32'h8c4e000b;
    10'h33a : q <= #1 32'ha4420018;
    10'h33b : q <= #1 32'hbc220000;
    10'h33c : q <= #1 32'h10000026;
    10'h33d : q <= #1 32'h18800000;
    10'h33e : q <= #1 32'ha86e0000;
    10'h33f : q <= #1 32'ha8840e8e;
    10'h340 : q <= #1 32'h07fffce8;
    10'h341 : q <= #1 32'h9ca0000b;
    10'h342 : q <= #1 32'hbc2b0000;
    10'h343 : q <= #1 32'h1000001f;
    10'h344 : q <= #1 32'ha84b0000;
    10'h345 : q <= #1 32'h846e001c;
    10'h346 : q <= #1 32'h07fffd9f;
    10'h347 : q <= #1 32'h1a800044;
    10'h348 : q <= #1 32'h946e001a;
    10'h349 : q <= #1 32'hb8830008;
    10'h34a : q <= #1 32'hb8630048;
    10'h34b : q <= #1 32'haa940028;
    10'h34c : q <= #1 32'hbc1a0000;
    10'h34d : q <= #1 32'he0641804;
    10'h34e : q <= #1 32'hd4145804;
    10'h34f : q <= #1 32'h10000008;
    10'h350 : q <= #1 32'ha463ffff;
    10'h351 : q <= #1 32'h948e0014;
    10'h352 : q <= #1 32'hb8440008;
    10'h353 : q <= #1 32'hb8840048;
    10'h354 : q <= #1 32'he0422004;
    10'h355 : q <= #1 32'ha4420fff;
    10'h356 : q <= #1 32'hb8420010;
    10'h357 : q <= #1 32'he0631000;
    10'h358 : q <= #1 32'h9c800000;
    10'h359 : q <= #1 32'h9d6b01ff;
    10'h35a : q <= #1 32'h1b800044;
    10'h35b : q <= #1 32'hd4141808;
    10'h35c : q <= #1 32'hd4142000;
    10'h35d : q <= #1 32'hb84b0049;
    10'h35e : q <= #1 32'ha9c40000;
    10'h35f : q <= #1 32'h1b400040;
    10'h360 : q <= #1 32'h0000002e;
    10'h361 : q <= #1 32'hab9c0028;
    10'h362 : q <= #1 32'h03ffffc2;
    10'h363 : q <= #1 32'h9fde0001;
    10'h364 : q <= #1 32'hbc1a0000;
    10'h365 : q <= #1 32'h1000002d;
    10'h366 : q <= #1 32'h18400080;
    10'h367 : q <= #1 32'h07fffd8f;
    10'h368 : q <= #1 32'ha87c0000;
    10'h369 : q <= #1 32'h18a00fff;
    10'h36a : q <= #1 32'ha8a5fff8;
    10'h36b : q <= #1 32'he04b2803;
    10'h36c : q <= #1 32'he4022800;
    10'h36d : q <= #1 32'h10000024;
    10'h36e : q <= #1 32'hab8b0000;
    10'h36f : q <= #1 32'h9c6bfffe;
    10'h370 : q <= #1 32'h07fffca9;
    10'h371 : q <= #1 32'h84920000;
    10'h372 : q <= #1 32'h86d80000;
    10'h373 : q <= #1 32'h03ffffb0;
    10'h374 : q <= #1 32'he2cbb000;
    10'h375 : q <= #1 32'h84740008;
    10'h376 : q <= #1 32'h84920000;
    10'h377 : q <= #1 32'h9c63fffe;
    10'h378 : q <= #1 32'h07fffca1;
    10'h379 : q <= #1 32'h86d80000;
    10'h37a : q <= #1 32'h19000044;
    10'h37b : q <= #1 32'he16bb000;
    10'h37c : q <= #1 32'ha9080010;
    10'h37d : q <= #1 32'ha89a0000;
    10'h37e : q <= #1 32'h86c80000;
    10'h37f : q <= #1 32'he06eb003;
    10'h380 : q <= #1 32'h07fffd1f;
    10'h381 : q <= #1 32'he06b1800;
    10'h382 : q <= #1 32'hbc2b0000;
    10'h383 : q <= #1 32'h0c00000e;
    10'h384 : q <= #1 32'h15000000;
    10'h385 : q <= #1 32'h9dce0001;
    10'h386 : q <= #1 32'he2ceb003;
    10'h387 : q <= #1 32'hbc360000;
    10'h388 : q <= #1 32'h10000005;
    10'h389 : q <= #1 32'h15000000;
    10'h38a : q <= #1 32'h07fffd6c;
    10'h38b : q <= #1 32'h847c0008;
    10'h38c : q <= #1 32'hd41c5808;
    10'h38d : q <= #1 32'h9f5a0200;
    10'h38e : q <= #1 32'he58e1000;
    10'h38f : q <= #1 32'h13ffffe6;
    10'h390 : q <= #1 32'h15000000;
    10'h391 : q <= #1 32'h18400080;
    10'h392 : q <= #1 32'h9c800000;
    10'h393 : q <= #1 32'ha8620004;
    10'h394 : q <= #1 32'ha8420020;
    10'h395 : q <= #1 32'hdc032000;
    10'h396 : q <= #1 32'h9c600010;
    10'h397 : q <= #1 32'hd4021800;
    10'h398 : q <= #1 32'hd4014804;
    10'h399 : q <= #1 32'h18400040;
    10'h39a : q <= #1 32'ha8420004;
    10'h39b : q <= #1 32'h48001000;
    10'h39c : q <= #1 32'h15000000;
    10'h39d : q <= #1 32'h00000000;
    10'h39e : q <= #1 32'h15000000;
    10'h39f : q <= #1 32'h46415431;
    10'h3a0 : q <= #1 32'h36202020;
    10'h3a1 : q <= #1 32'h00464154;
    10'h3a2 : q <= #1 32'h33322020;
    10'h3a3 : q <= #1 32'h20004445;
    10'h3a4 : q <= #1 32'h315f424f;
    10'h3a5 : q <= #1 32'h4f544249;
    10'h3a6 : q <= #1 32'h4e000000;
    10'h3a7 : q <= #1 32'hffffffff;
    10'h3a8 : q <= #1 32'hffffffff;
    10'h3a9 : q <= #1 32'hffffffff;
    10'h3aa : q <= #1 32'hffffffff;
    10'h3ab : q <= #1 32'hffffffff;
    10'h3ac : q <= #1 32'hffffffff;
    10'h3ad : q <= #1 32'hffffffff;
    10'h3ae : q <= #1 32'hffffffff;
    10'h3af : q <= #1 32'hffffffff;
    10'h3b0 : q <= #1 32'hffffffff;
    10'h3b1 : q <= #1 32'hffffffff;
    10'h3b2 : q <= #1 32'hffffffff;
    10'h3b3 : q <= #1 32'hffffffff;
    10'h3b4 : q <= #1 32'hffffffff;
    10'h3b5 : q <= #1 32'hffffffff;
    10'h3b6 : q <= #1 32'hffffffff;
    10'h3b7 : q <= #1 32'hffffffff;
    10'h3b8 : q <= #1 32'hffffffff;
    10'h3b9 : q <= #1 32'hffffffff;
    10'h3ba : q <= #1 32'hffffffff;
    10'h3bb : q <= #1 32'hffffffff;
    10'h3bc : q <= #1 32'hffffffff;
    10'h3bd : q <= #1 32'hffffffff;
    10'h3be : q <= #1 32'hffffffff;
    10'h3bf : q <= #1 32'hffffffff;
    10'h3c0 : q <= #1 32'hffffffff;
    10'h3c1 : q <= #1 32'hffffffff;
    10'h3c2 : q <= #1 32'hffffffff;
    10'h3c3 : q <= #1 32'hffffffff;
    10'h3c4 : q <= #1 32'hffffffff;
    10'h3c5 : q <= #1 32'hffffffff;
    10'h3c6 : q <= #1 32'hffffffff;
    10'h3c7 : q <= #1 32'hffffffff;
    10'h3c8 : q <= #1 32'hffffffff;
    10'h3c9 : q <= #1 32'hffffffff;
    10'h3ca : q <= #1 32'hffffffff;
    10'h3cb : q <= #1 32'hffffffff;
    10'h3cc : q <= #1 32'hffffffff;
    10'h3cd : q <= #1 32'hffffffff;
    10'h3ce : q <= #1 32'hffffffff;
    10'h3cf : q <= #1 32'hffffffff;
    10'h3d0 : q <= #1 32'hffffffff;
    10'h3d1 : q <= #1 32'hffffffff;
    10'h3d2 : q <= #1 32'hffffffff;
    10'h3d3 : q <= #1 32'hffffffff;
    10'h3d4 : q <= #1 32'hffffffff;
    10'h3d5 : q <= #1 32'hffffffff;
    10'h3d6 : q <= #1 32'hffffffff;
    10'h3d7 : q <= #1 32'hffffffff;
    10'h3d8 : q <= #1 32'hffffffff;
    10'h3d9 : q <= #1 32'hffffffff;
    10'h3da : q <= #1 32'hffffffff;
    10'h3db : q <= #1 32'hffffffff;
    10'h3dc : q <= #1 32'hffffffff;
    10'h3dd : q <= #1 32'hffffffff;
    10'h3de : q <= #1 32'hffffffff;
    10'h3df : q <= #1 32'hffffffff;
    10'h3e0 : q <= #1 32'hffffffff;
    10'h3e1 : q <= #1 32'hffffffff;
    10'h3e2 : q <= #1 32'hffffffff;
    10'h3e3 : q <= #1 32'hffffffff;
    10'h3e4 : q <= #1 32'hffffffff;
    10'h3e5 : q <= #1 32'hffffffff;
    10'h3e6 : q <= #1 32'hffffffff;
    10'h3e7 : q <= #1 32'hffffffff;
    10'h3e8 : q <= #1 32'hffffffff;
    10'h3e9 : q <= #1 32'hffffffff;
    10'h3ea : q <= #1 32'hffffffff;
    10'h3eb : q <= #1 32'hffffffff;
    10'h3ec : q <= #1 32'hffffffff;
    10'h3ed : q <= #1 32'hffffffff;
    10'h3ee : q <= #1 32'hffffffff;
    10'h3ef : q <= #1 32'hffffffff;
    10'h3f0 : q <= #1 32'hffffffff;
    10'h3f1 : q <= #1 32'hffffffff;
    10'h3f2 : q <= #1 32'hffffffff;
    10'h3f3 : q <= #1 32'hffffffff;
    10'h3f4 : q <= #1 32'hffffffff;
    10'h3f5 : q <= #1 32'hffffffff;
    10'h3f6 : q <= #1 32'hffffffff;
    10'h3f7 : q <= #1 32'hffffffff;
    10'h3f8 : q <= #1 32'hffffffff;
    10'h3f9 : q <= #1 32'hffffffff;
    10'h3fa : q <= #1 32'hffffffff;
    10'h3fb : q <= #1 32'hffffffff;
    10'h3fc : q <= #1 32'hffffffff;
    10'h3fd : q <= #1 32'hffffffff;
    10'h3fe : q <= #1 32'hffffffff;
    10'h3ff : q <= #1 32'hffffffff;
  endcase
end


endmodule